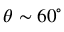
\theta \sim 6 0 ^ { \circ }